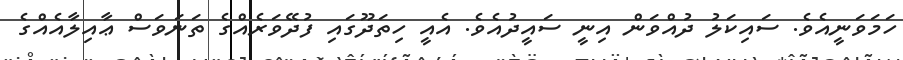
ހަމަވަނީއެވެ. ސައިކަލު ދުއްވަން އިނީ ސައީދުއެވެ. އެއީ ހިތަދޫގައި ފުދޭވަރެއްގެ ތަނަވަސް ޢާއިލާއެއްގެ